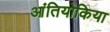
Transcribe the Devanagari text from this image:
आंतियोकिया